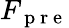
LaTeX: F_{\mathrm{~p~r~e~}}